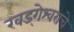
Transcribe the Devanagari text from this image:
खड्गेश्वराचे